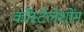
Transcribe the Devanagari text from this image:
कोंस्टेलेशोंन